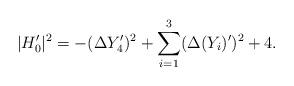
LaTeX: \begin{align*} | H_0'|^2 = -(\Delta Y'_4)^2+ \sum_{i=1}^3 (\Delta (Y_i)')^2 + 4 . \end{align*}